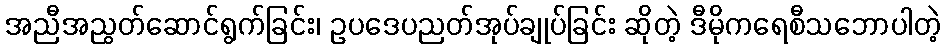
အညီအညွတ်ဆောင်ရွက်ခြင်း၊ ဥပဒေပညတ်အုပ်ချုပ်ခြင်း ဆိုတဲ့ ဒီမိုကရေစီသဘောပါတဲ့